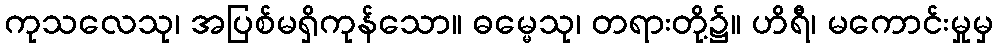
ကုသလေသု၊ အပြစ်မရှိကုန်သော။ ဓမ္မေသု၊ တရားတို့၌။ ဟိရီ၊ မကောင်းမှုမှ